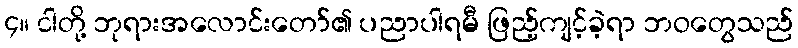
၄။ ငါတို့ ဘုရားအလောင်းတော်၏ ပညာပါရမီ ဖြည့်ကျင့်ခဲ့ရာ ဘဝတွေသည်